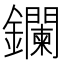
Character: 鑭